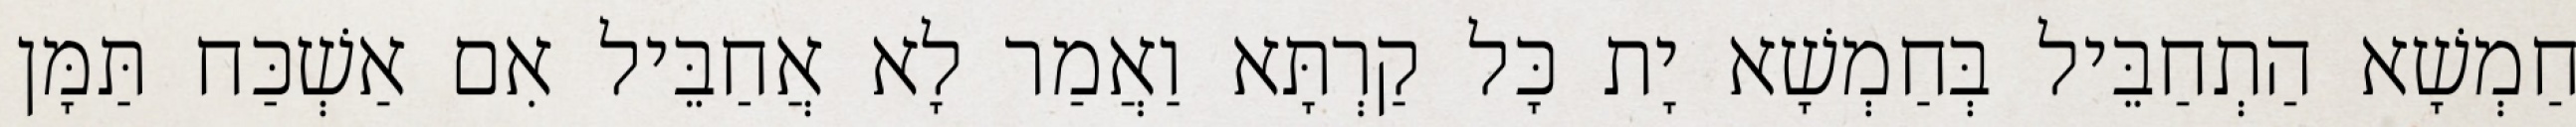
חַמְשָׁא הַתְחַבֵּיל בְּחַמְשָׁא יָת כָּל קַרְתָּא וַאֲמַר לָא אֲחַבֵּיל אִם אַשְׁכַּח תַּמָּן